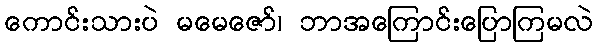
ကောင်းသားပဲ မမေဇော်၊ ဘာအကြောင်းပြောကြမလဲ